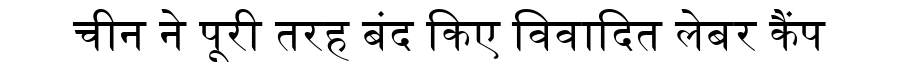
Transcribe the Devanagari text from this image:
चीन ने पूरी तरह बंद किए विवादित लेबर कैंप